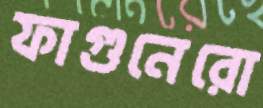
ফাগুনেরো